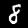
Label: 8